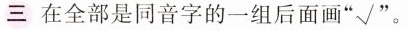
三在全部是同音字的一组后面画” √”。